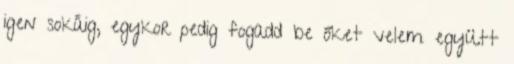
igen sokáig, egykor pedig fogadd be őket velem együtt